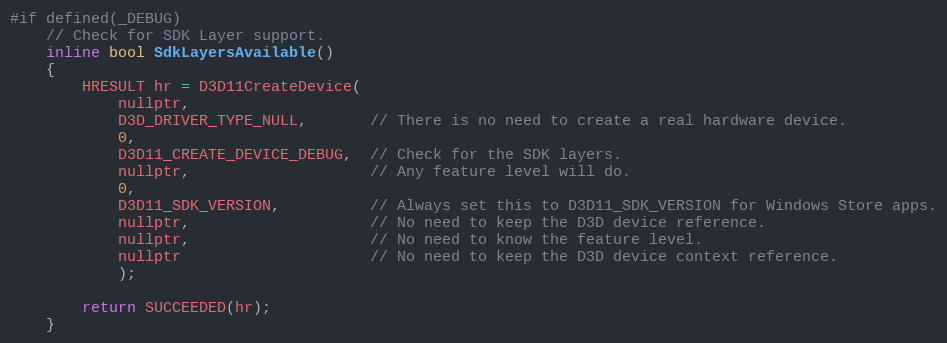
Language: C
#if defined(_DEBUG)
    // Check for SDK Layer support.
    inline bool SdkLayersAvailable()
    {
        HRESULT hr = D3D11CreateDevice(
            nullptr,
            D3D_DRIVER_TYPE_NULL,       // There is no need to create a real hardware device.
            0,
            D3D11_CREATE_DEVICE_DEBUG,  // Check for the SDK layers.
            nullptr,                    // Any feature level will do.
            0,
            D3D11_SDK_VERSION,          // Always set this to D3D11_SDK_VERSION for Windows Store apps.
            nullptr,                    // No need to keep the D3D device reference.
            nullptr,                    // No need to know the feature level.
            nullptr                     // No need to keep the D3D device context reference.
            );

        return SUCCEEDED(hr);
    }